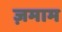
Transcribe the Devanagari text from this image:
ज़माम